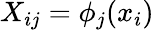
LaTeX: X_{ij}=\phi_{j}(x_{i})